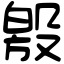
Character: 𣪧